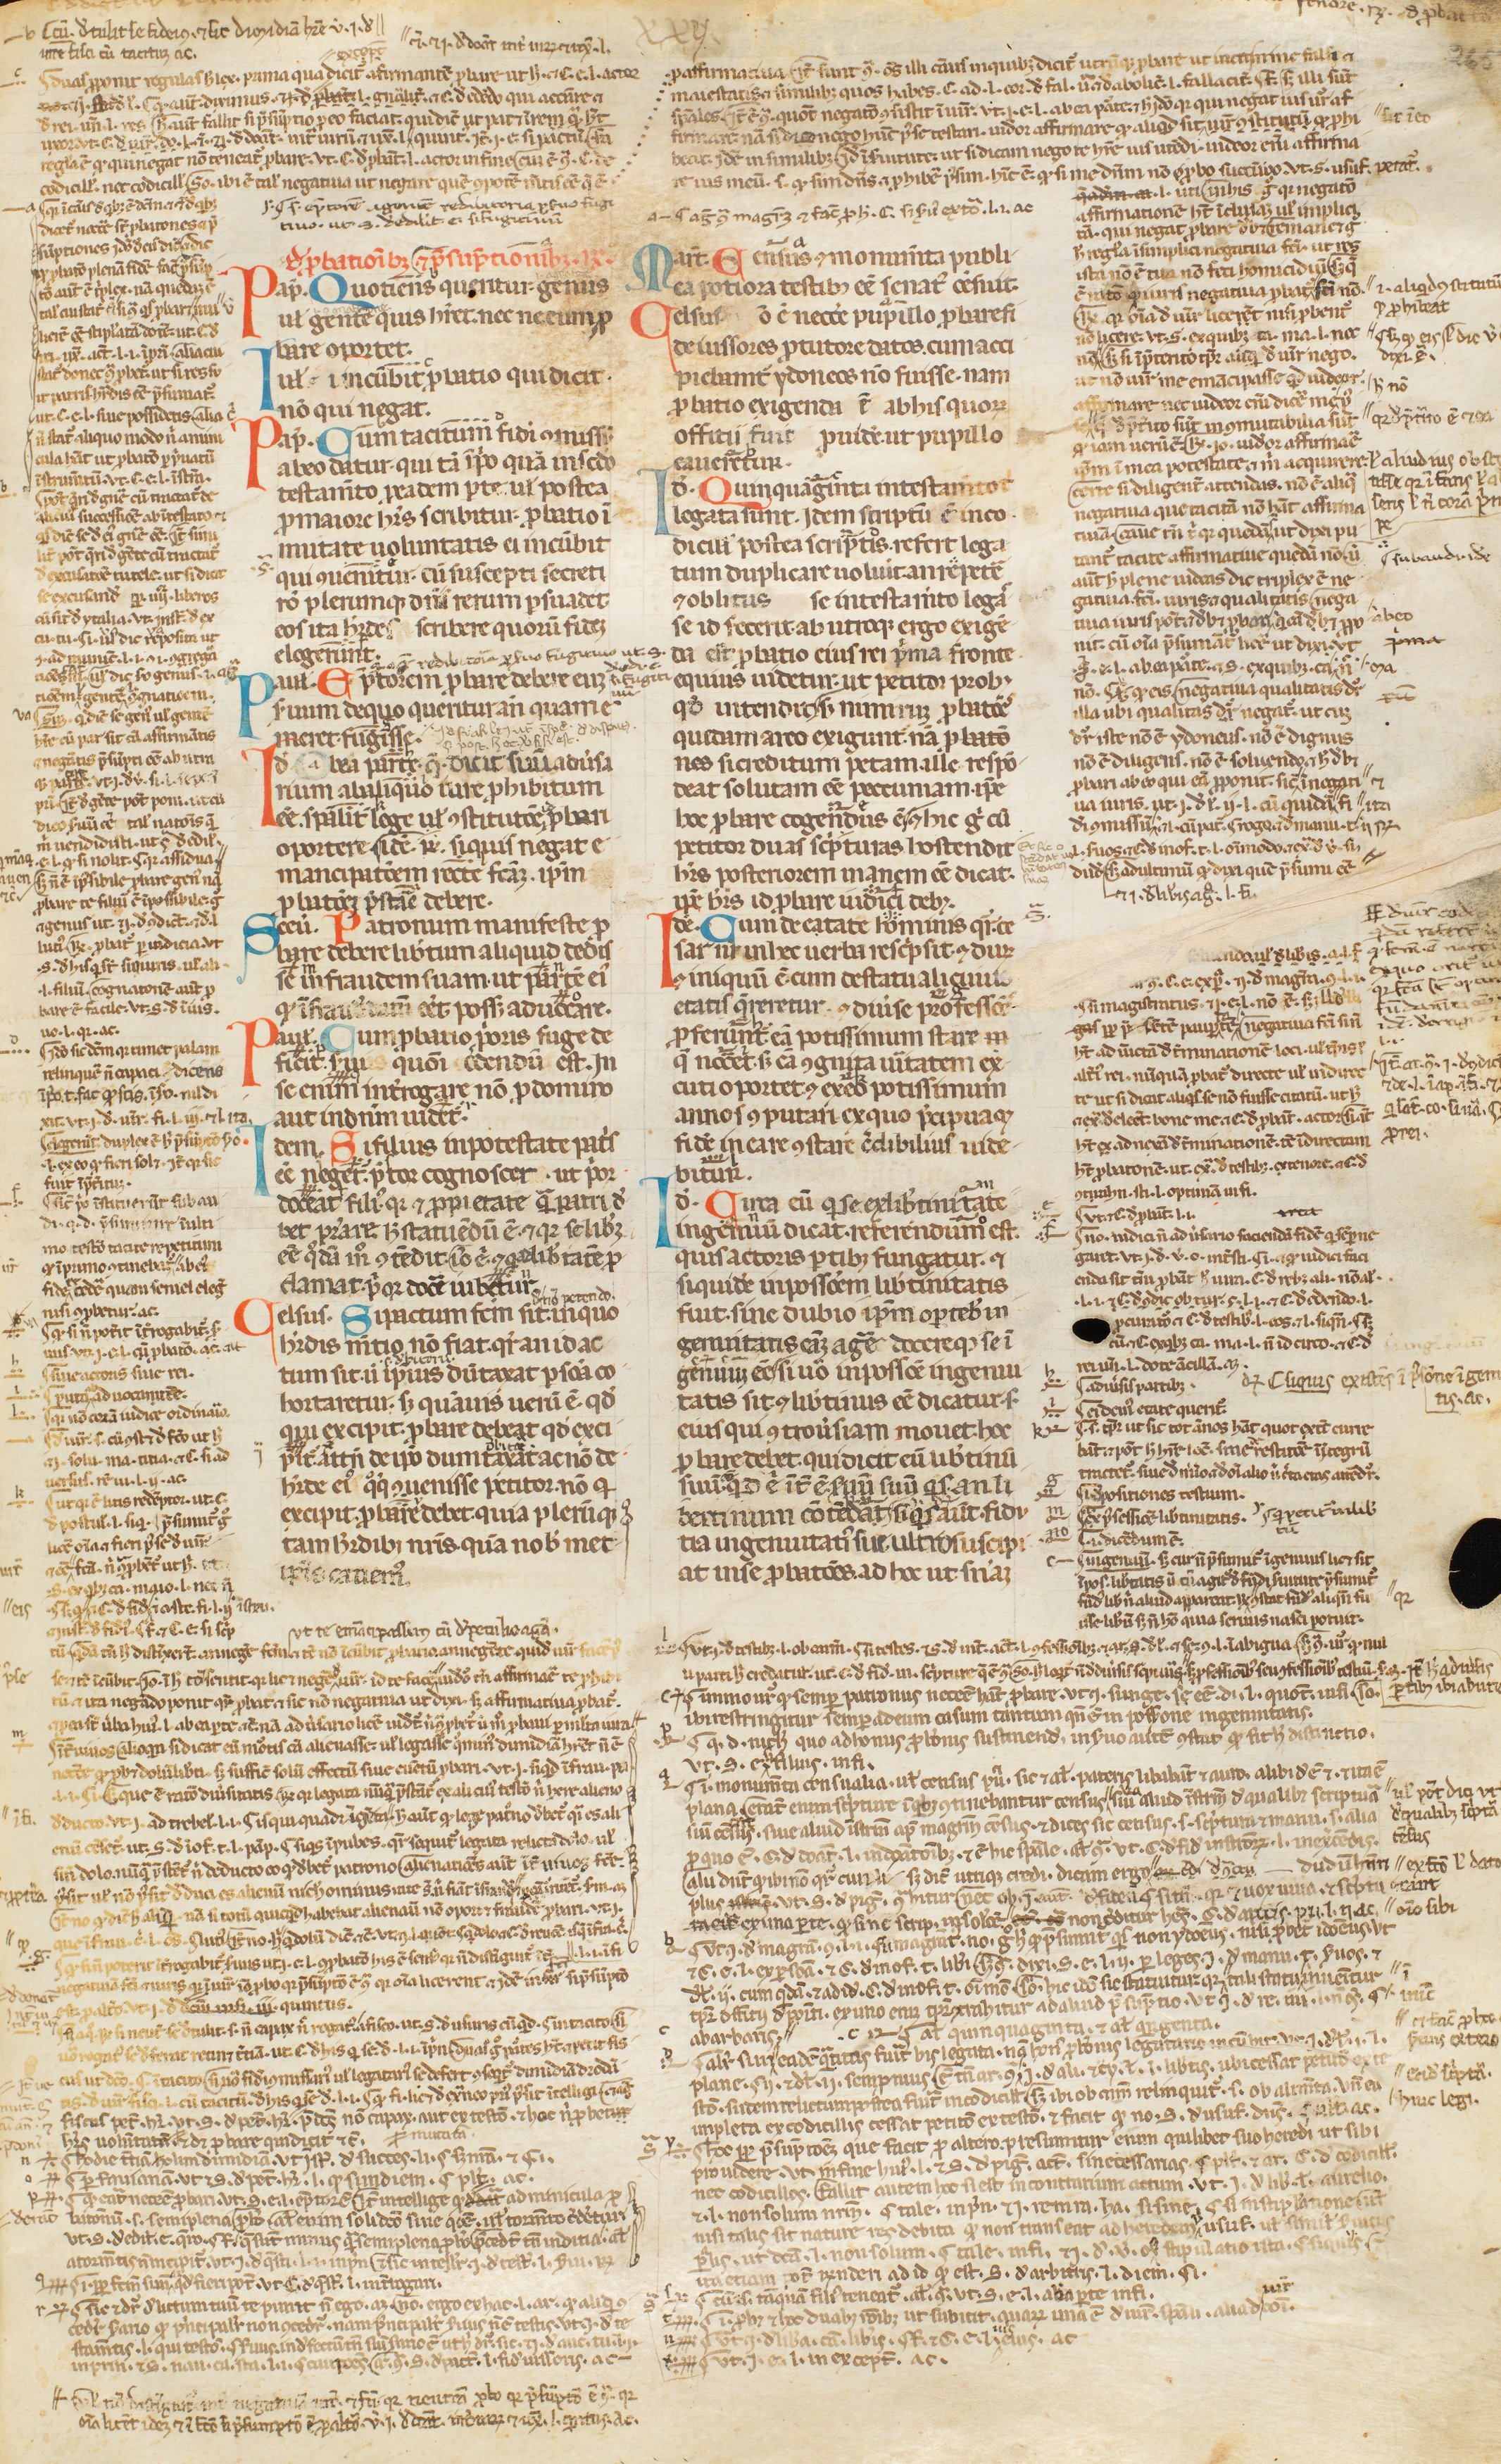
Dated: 1300–1399